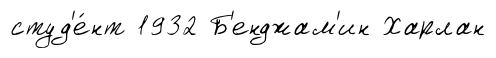
студ'е́нт 1932 Б'енджам'ин Харлан